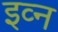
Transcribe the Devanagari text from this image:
इव्न